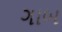
ગાબ